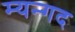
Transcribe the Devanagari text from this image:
म्यन्गद